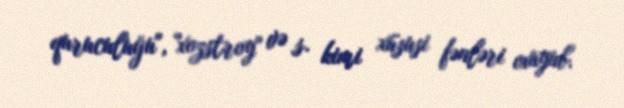
quruculuğu", "xozstroy" və s. kimi xüsusi fənləri oxuyub.